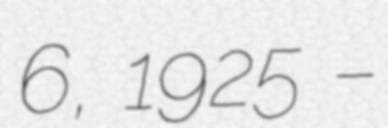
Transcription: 6, 1925 –